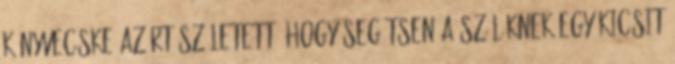
könyvecske azért született, hogy segítsen a szülőknek egy kicsit